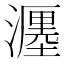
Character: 𤁄